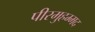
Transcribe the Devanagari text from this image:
पीरमुहम्मद